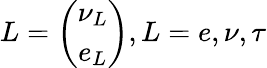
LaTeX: L=\left(\begin{array}{c}{{\nu_{L}}}\\ {{e_{L}}}\end{array}\right),L=e,\nu,\tau